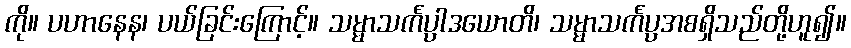
ကို။ ပဟာနေန၊ ပယ်ခြင်းကြောင့်။ သမ္မာသင်္ကပ္ပါဒယောတိ၊ သမ္မာသင်္ကပ္ပအစရှိသည်တို့ဟူ၍။